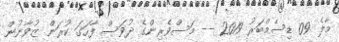
މާލެ 09 ޑިސެމްބަރު 2019 -- މަސްވެރިންގެ ދުވަސް ފާހަގަ ކުރަން ޒުވާނުން